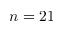
n = 2 1